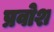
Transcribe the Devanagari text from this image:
प्रवोश